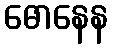
ဓောနေန